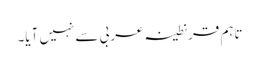
تاہم قرنطینہ عربی سے نہیں آیا۔